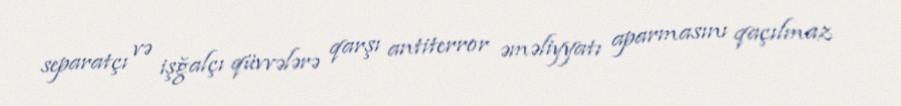
separatçı və işğalçı qüvvələrə qarşı antiterror əməliyyatı aparmasını qaçılmaz